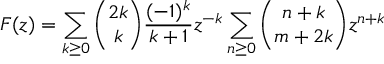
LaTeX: F ( z ) = \sum _ { k \geq 0 } { { \binom { 2 k } { k } } { \frac { ( - 1 ) ^ { k } } { k + 1 } } z ^ { - k } } \sum _ { n \geq 0 } { { \binom { n + k } { m + 2 k } } z ^ { n + k } }